Indian journal of veterinary science and animal husbandry - Volume 4,
Year: 1934
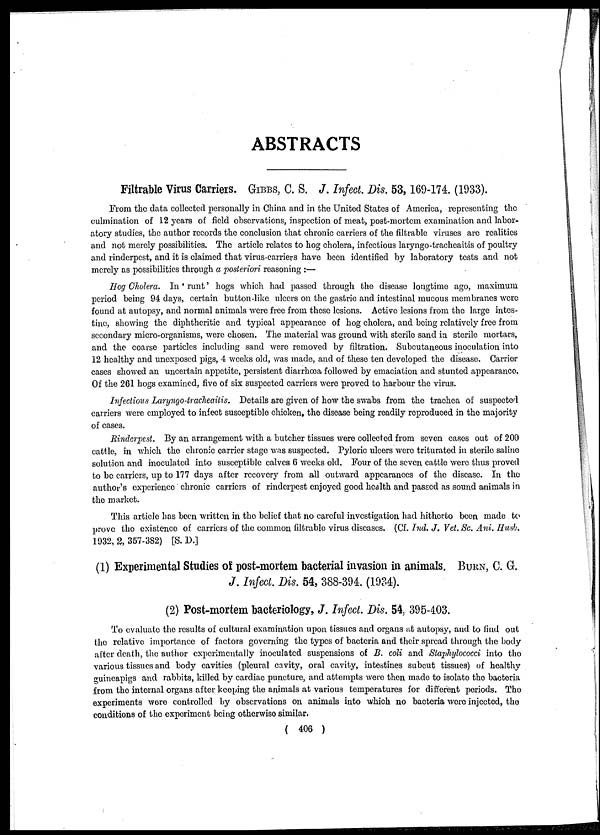
ABSTRACTS
Filtrable Virus Carriers. GIBBS, C. S. J. Infect. Dis. 53,169-174. (1933).
From the data collected personally in China and in the United States of America, representing the
culmination of 12 years of field observations, inspection of meat, post-mortem examination and labor-
atory studies, the author records the conclusion that chronic carriers of the filtrable viruses are realities
and not merely possibilities. The article relates to hog cholera, infectious laryngo-tracheaitis of poultry
and rinderpest, and it is claimed that virus-carriers have been identified by laboratory tests and not
merely as possibilities through a posteriori reasoning :—
Hog Cholera. In ' runt' hogs which had passed through the disease longtime ago, maximum
period being 94 days, certain button-like ulcers on the gastric and intestinal mucous membranes were
found at autopsy, and normal animals were free from these lesions. Active lesions from the large intes-
tine, showing the diphtheritic and typical appearance of hog cholera, and being relatively free from
secondary micro-organisms, were chosen. The material was ground with sterile sand in sterile mortars,
and the coarse particles including sand were removed by filtration. Subcutaneous inoculation into
12 healthy and unexposed pigs, 4 weeks old, was made, and of these ten developed the disease. Carrier
cases showed an uncertain appetite, persistent diarrhœa followed by emaciation and stunted appearance.
Of the 261 hogs examined, five of six suspected carriers were proved to harbour the virus.
Infectious Laryngo-tracheaitis. Details are given of how the swabs from the trachea of suspected
carriers were employed to infect susceptible chicken, the disease being readily reproduced in the majority
of cases.
Rinderpest. By an arrangement with a butcher tissues were collected from seven cases out of 200
cattle, in which the chronic carrier stage was suspected. Pyloric ulcers were triturated in sterile saline
solution and inoculated into susceptible calves 6 weeks old. Four of the seven cattle were thus proved
to be carriers, up to 177 days after recovery from all outward appearances of the disease. In the
author's experience chronic carriers of rinderpest enjoyed good health and passed as sound animals in
the market.
This article has been written in the belief that no careful investigation had hitherto been made to
prove the existence of carriers of the common filtrable virus diseases. (Cf. Ind. J. Vet. Sc. Ani. Husb.
1932, 2, 357-382) [S. D.]
(1) Experimental Studies of post-mortem bacterial invasion in animals. BURN, C. G.
J. Infect. Dis. 54, 388-394. (1934).
(2) Post-mortem bacteriology, J. Infect. Dis. 54,395-403.
To evaluate the results of cultural examination upon tissues and organs at autopsy, and to find out
the relative importance of factors governing the types of bacteria and their spread through the body
after death, the author experimentally inoculated suspensions of B. coli and Staphylococci into the
various tissues and body cavities (pleural cavity, oral cavity, intestines Subcut tissues) of healthy
guineapigs and rabbits, killed by cardiac puncture, and attempts were then made to isolate the bacteria
from the internal organs after keeping the animals at various temperatures for different periods. The
experiments were controlled by observations on animals into which no bacteria were injected, the
conditions of the experiment being otherwise similar.
( 406 )